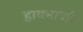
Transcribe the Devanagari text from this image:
हावभावही